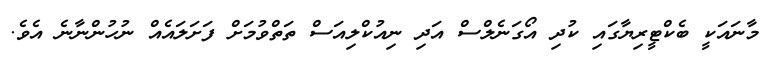
މާނައަކީ ބެކްޓީރިޔާގައި ކުދި އޯގަނެލްސް އަދި ނިއުކްލިއަސް ތަތްވުމަށް ފަށަލައެއް ނުހުންނާނެ އެވެ.